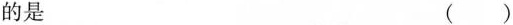
的是 ()